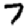
Digit: 7